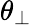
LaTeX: \theta_{\perp}